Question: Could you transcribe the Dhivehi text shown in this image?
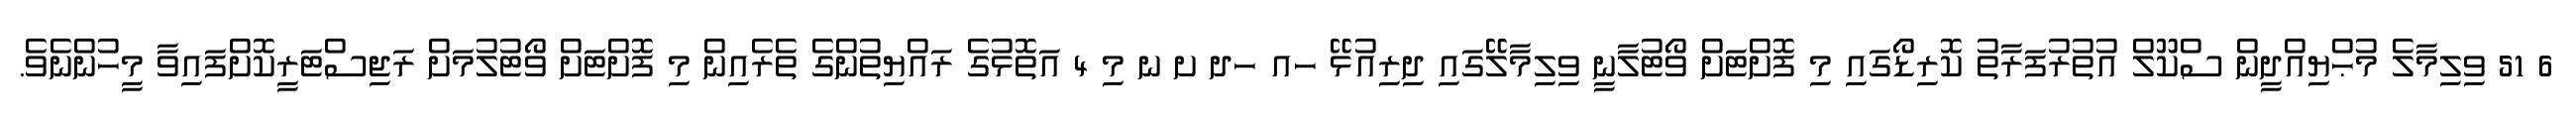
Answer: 6 51 ވިލިމާލެ މުޙްޔިއްދީން ސްކޫލް އުތުރުފަރާތު ކޮރިޑޯގައި މި ފޮށްޓަށް ވޯޓުލާނީ ވިލިމާލޭގައި ދިރިއުޅޭ ހއ ހދ ށ ނ މި 4 އަތޮޅުގެ ރައްޔިތުންގެ ތެރެއިން މި ފޮށްޓަށް ވޯޓުލުމަށް ރަޖިސްޓަރީކޮށްފައިވާ މީހުންނެވެ.